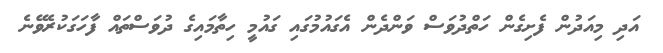
އަދި މިއަދުން ފެށިގެން ހަތްދުވަސް ވަންދެން އެގައުމުގައި ގައުމީ ހިތާމައިގެ ދުވަސްތައް ފާހަގަކުރެވޭނެ